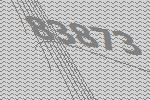
83873